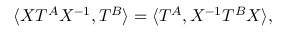
\langle { \cal X } T ^ { A } { \cal X } ^ { - 1 } , T ^ { B } \rangle = \langle T ^ { A } , { \cal X } ^ { - 1 } T ^ { B } { \cal X } \rangle ,